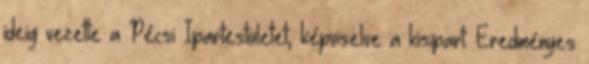
ideig vezette a Pécsi Ipartestületet, képviselve a kisipart. Eredményes